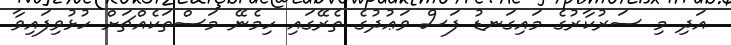
އަދި މި ސަރުކާރުގެ މައިގަނޑު ފަސް ވަޢުދުގެ ތެރޭގައި ހިމެނޭ މަސްތަކެއްޗަށް ހުޅުވިފައިވާ